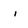
Character: i